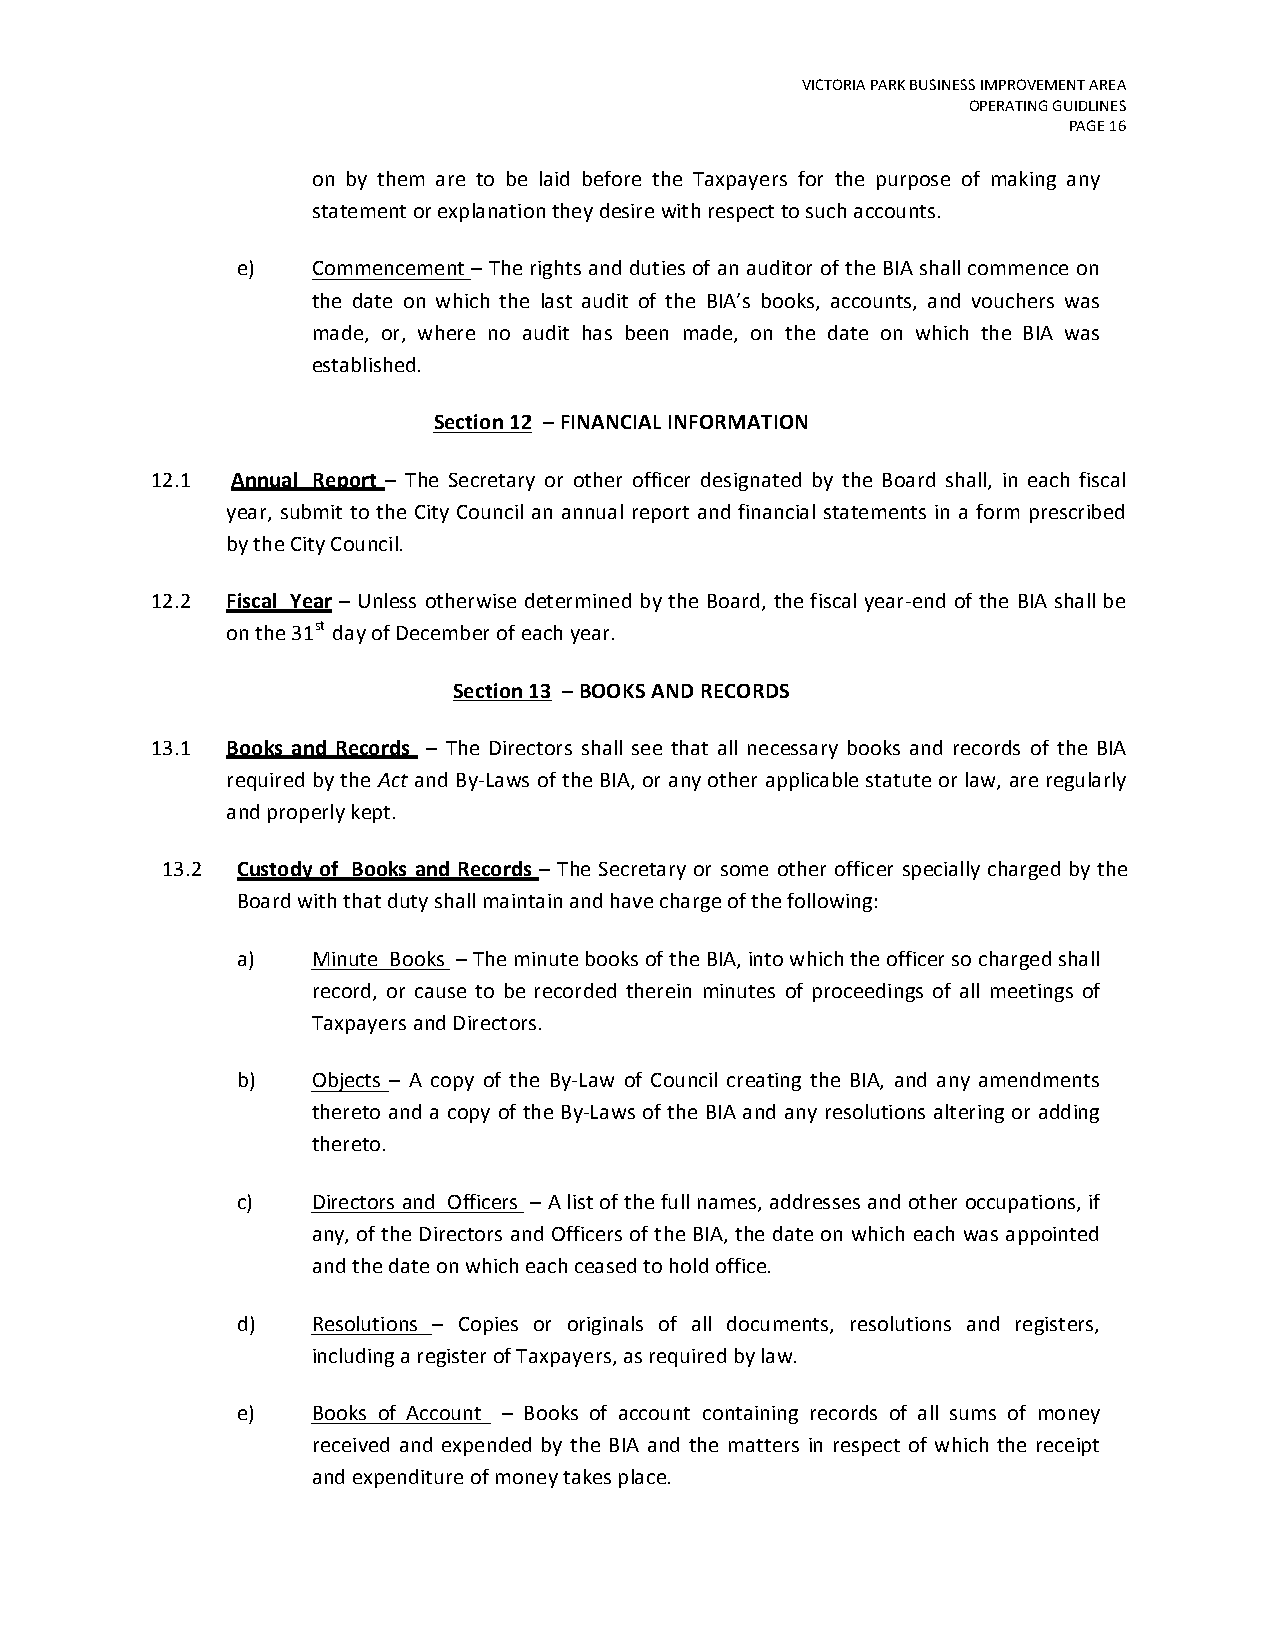
VICTORIA PARK BUSINESS IMPROVEMENT AREA
 OPERATING GUIDLINES
 PAGE 16
 on by them are to be laid before the Taxpayers for the purpose of making any
 statement or explanation they desire with respect to such accounts.
 e)   Commencement – The rights and duties of an auditor of the BIA shall commence on
 the date on which the last audit of the BIA’s books, accounts, and vouchers was
 made, or, where no audit has been made, on the date on which the BIA was
 established.
 Section 12 – FINANCIAL INFORMATION
 12.1 Annual Report – The Secretary or other officer designated by the Board shall, in each fiscal
 year, submit to the City Council an annual report and financial statements in a form prescribed
 by the City Council.
 12.2 Fiscal Year – Unless otherwise determined by the Board, the fiscal year-end of the BIA shall be
 on the 31st day of December of each year.
 Section 13 – BOOKS AND RECORDS
 13.1 Books and Records – The Directors shall see that all necessary books and records of the BIA
 required by the Act and By-Laws of the BIA, or any other applicable statute or law, are regularly
 and properly kept.
 13.2 Custody of Books and Records – The Secretary or some other officer specially charged by the
 Board with that duty shall maintain and have charge of the following:
 a)   Minute Books – The minute books of the BIA, into which the officer so charged shall
 record, or cause to be recorded therein minutes of proceedings of all meetings of
 Taxpayers and Directors.
 b)   Objects – A copy of the By-Law of Council creating the BIA, and any amendments
 thereto and a copy of the By-Laws of the BIA and any resolutions altering or adding
 thereto.
 c)   Directors and Officers – A list of the full names, addresses and other occupations, if
 any, of the Directors and Officers of the BIA, the date on which each was appointed
 and the date on which each ceased to hold office.
 d)   Resolutions – Copies or originals of all documents, resolutions and registers,
 including a register of Taxpayers, as required by law.
 e)   Books of Account – Books of account containing records of all sums of money
 received and expended by the BIA and the matters in respect of which the receipt
 and expenditure of money takes place.